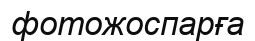
фотожоспарға